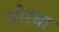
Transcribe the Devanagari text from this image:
घोरवा